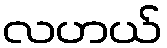
လဟယ်